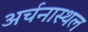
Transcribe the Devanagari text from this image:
अर्चनास्थल